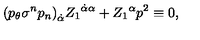
{ ( p _ { \theta } \sigma ^ { n } p _ { n } ) } _ { \dot { \alpha } } { Z _ { 1 } } ^ { \dot { \alpha } \alpha } + { Z _ { 1 } } ^ { \alpha } p ^ { 2 } \equiv 0 ,